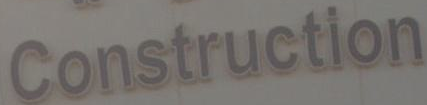
Construction